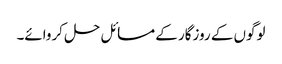
لوگوں کے روزگار کے مسائل حل کروائے۔